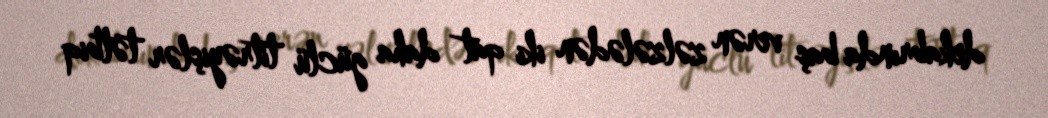
dekabrında baş verən zəlzələdən iki qat daha güclü titrəyişlər tətbiq